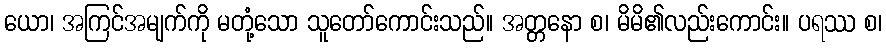
ယော၊ အကြင်အမျက်ကို မတုံ့သော သူတော်ကောင်းသည်။ အတ္တနော စ၊ မိမိ၏လည်းကောင်း။ ပရဿ စ၊